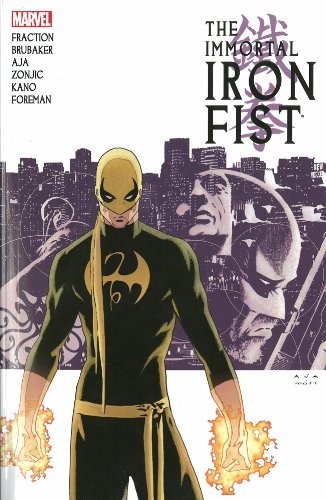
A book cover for Immortal Iron Fist: The Complete Collection Volume 1; Ed Brubaker; Comics & Graphic Novels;